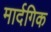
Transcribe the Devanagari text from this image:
मार्दगिक